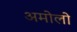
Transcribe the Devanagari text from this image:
अमोलो